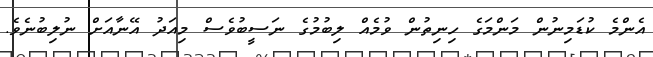
އެންމެ ކުޑަމިނުން މަންމަގެ ހިނިތުން ވުމެއް ލިބުމުގެ ނަސީބުވެސް މިއަދު އޭނާއަށް ނުލިބުނެވެ.